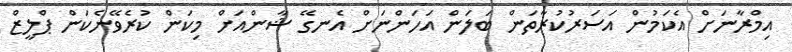
އިމްރާނަށް އެކަމުން އަސަރުކުރާތަން ބަލަން އަހަންނަށް އެނގޭ ޝާންއަށް މިކަން ކުރެވޭނެކަން ޕްލީޒް